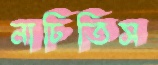
নাচিতিস